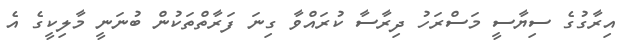
އިރާގުގެ ސިޔާސީ މަސްރަހު ދިރާސާ ކުރައްވާ ގިނަ ފަރާތްތަކުން ބުނަނީ މާލިކީގެ އެ